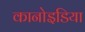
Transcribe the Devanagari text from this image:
कानोइडिया